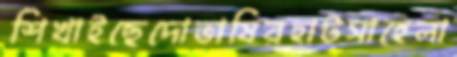
শিখাইছেদোভাষিরহাটসাহেলা